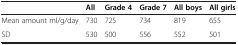
<table><thead><tr><td><b> </b></td><td><b>All</b></td><td><b>Grade 4</b></td><td><b>Grade 7</b></td><td><b>All boys</b></td><td><b>All girls</b></td></tr></thead><tbody><tr><td>Mean amount ml/g/day</td><td>730</td><td>725</td><td>734</td><td>819</td><td>655</td></tr><tr><td>SD</td><td>530</td><td>500</td><td>556</td><td>552</td><td>501</td></tr></tbody></table>